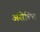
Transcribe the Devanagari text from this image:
अंसेचित